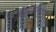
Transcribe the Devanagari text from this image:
उच्चमधुसुदनी